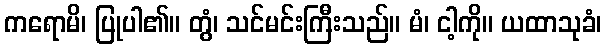
ကရောမိ၊ ပြုပါ၏။ တွံ၊ သင်မင်းကြီးသည်။ မံ၊ ငါ့ကို။ ယထာသုခံ၊